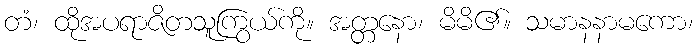
တံ၊ ထိုအပရာဇိတသူကြွယ်ကို။ အတ္တနော၊ မိမိ၏။ သမာနနာမကော၊